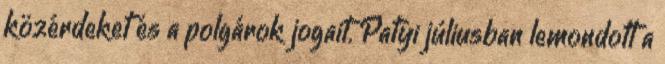
közérdeket és a polgárok jogait. Patyi júliusban lemondott a